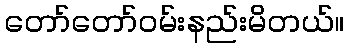
တော်တော်ဝမ်းနည်းမိတယ်။